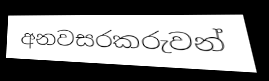
අනවසරකරුවන්